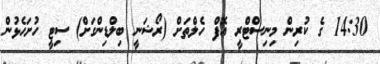
14:30 ގެ ކުރިން މިނިސްޓްރީ އޮފް ހެލްތަށް (ރޯޝަނީ ބިލްޑިންގަށް) ސިޓީ ހުށަހެޅުން